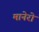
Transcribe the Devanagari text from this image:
मानेरो